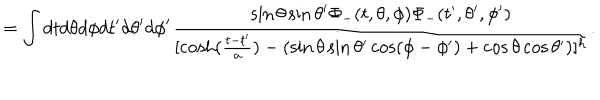
= \int d t d \theta d \phi d t ^ { \prime } d \theta ^ { \prime } d \phi ^ { \prime } \frac { \sin \theta \sin \theta ^ { \prime } \Phi _ { - } ( t , \theta , \phi ) \Phi _ { - } ( t ^ { \prime } , \theta ^ { \prime } , \phi ^ { \prime } ) } { [ \cosh ( \frac { t - t ^ { \prime } } { a } ) - ( \sin \theta \sin \theta ^ { \prime } \cos ( \phi - \phi ^ { \prime } ) + \cos \theta \cos \theta ^ { \prime } ) ] ^ { h } } .